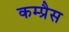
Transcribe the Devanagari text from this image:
कम्प्रैस